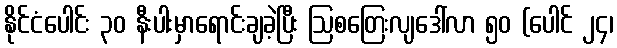
နိုင်ငံပေါင်း ၃၀ နီးပါးမှာရောင်းချခဲ့ပြီး ဩစတြေးလျဒေါ်လာ ၅၀ (ပေါင် ၂၄၊